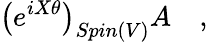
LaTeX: \left(e^{iX\theta}\right)_{Spin(V)}A\quad,